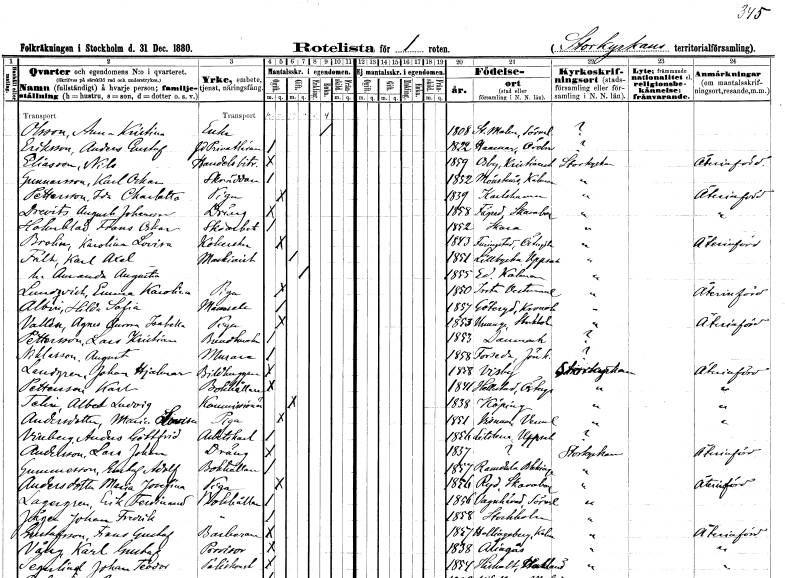
gt_parse: households: individuals: FN: Anna Kristina
EN: Olsson
YRKE: Änka
KON: K
CIV: E
FODAR: 1808
FODFORS: Stora Malm Södermanlands län
FN: Anders Gustaf
EN: Eriksson
YRKE: Privatlärare f.d.
KON: M
CIV: O
FODAR: 1822
FODFORS: Hammar Örebro län
FN: Nils
EN: Eliasson
YRKE: Handelsbiträde
KON: M
CIV: O
FODAR: 1859
FODFORS: Osby Kristianstads län
FN: Karl Oskar
EN: Gunnarsson
YRKE: Skräddare
KON: M
CIV: O
FODAR: 1852
FODFORS: Mönsterås Kalmar län
FN: Ida Charlotta
EN: Pettersson
YRKE: Piga
KON: K
CIV: O
FODAR: 1839
FODFORS: Karlshamn Blekinge län
FN: Augusta Johanna
EN: Drevits
YRKE: Dräng
KON: K
CIV: O
FODAR: 1858
FODFORS: Fägre Skaraborgs län
FN: Frans Oskar
EN: Holmblad
YRKE: Skoarbetare
KON: M
CIV: O
FODAR: 1852
FODFORS: Skara Skaraborgs län
FN: Karolina Lovisa
EN: Brolin
YRKE: Kokerska
KON: K
CIV: O
FODAR: 1843
FODFORS: Furingstad Östergötlands län
FN: Karl Axel
EN: Fält
YRKE: Maskinist
KON: M
CIV: G
FODAR: 1851
FODFORS: Lillkyrka Uppsala län
FN: Amanda Augusta
KON: K
CIV: G
FODAR: 1855
FODFORS: Ed Kalmar län
FN: Emma Karolina
EN: Lundqvist
YRKE: Piga
KON: K
CIV: O
FODAR: 1850
FODFORS: Irsta Västmanlands län
FN: Hilda Sofia
EN: Albira
KON: K
CIV: O
FODAR: 1857
FODFORS: Göteryd Kronobergs län
FN: Agnes Aurora Isabella
EN: Vallén
YRKE: Piga
KON: K
CIV: O
FODAR: 1853
FODFORS: Ununge Stockholms län
FN: Lars Kristian
EN: Pettersson
YRKE: Buntmakare
KON: M
CIV: O
FODAR: 1853
FN: August
EN: Niklasson
YRKE: Murare
KON: M
CIV: O
FODAR: 1858
FODFORS: Forserum Jönköpings län
FN: Johan Hjalmar
EN: Landgren
YRKE: Bildhuggare
KON: M
CIV: O
FODAR: 1858
FODFORS: Visby Gotlands län
FN: Karl
EN: Pettersson
YRKE: Bokhållare
KON: M
CIV: O
FODAR: 1841
FODFORS: Hällestad Östergötlands län
FN: Albert Ludvig
EN: Telin
YRKE: Kommissionär
KON: M
CIV: G
FODAR: 1838
FODFORS: Köping Västmanlands län
FN: Maria Lovisa
EN: Andersdotter
YRKE: Piga
KON: K
CIV: O
FODAR: 1851
FODFORS: Visnum Värmlands län
FN: Anders Gottfrid
EN: Vinberg
YRKE: Arbetskarl
KON: M
CIV: O
FODAR: 1856
FODFORS: Litslena Uppsala län
FN: Lars Johan
EN: Andersson
YRKE: Dräng
KON: M
CIV: O
FODAR: 1837
FN: Gustaf Adolf
EN: Gummesson
YRKE: Bokhållare
KON: M
CIV: O
FODAR: 1857
FODFORS: Ramdala Blekinge län
FN: Maria Josefina
EN: Andersdotter
YRKE: Piga
KON: K
CIV: O
FODAR: 1856
FODFORS: Ryd Skaraborgs län
FN: Erik Ferdinand
EN: Lagergren
YRKE: Bokhållare
KON: M
CIV: O
FODAR: 1856
FODFORS: Vagnhärad Södermanlands län
FN: Johan Fredrik
EN: Jäger
YRKE: Bokhållare
KON: M
CIV: O
FODAR: 1858
FODFORS: Stockholm